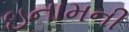
ઇનામની